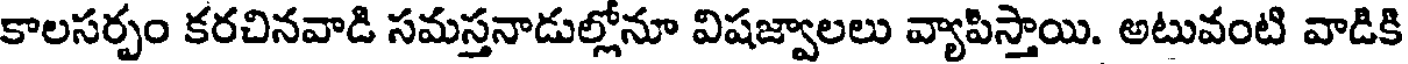
కాలసర్పం కరచినవాడి సమస్తనాడుల్లోనూ విషజ్వాలలు వ్యాపిస్తాయి. అటువంటి వాడికి